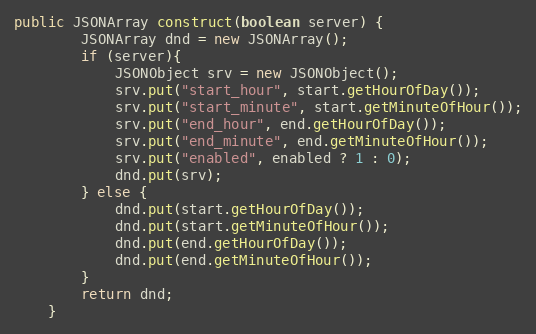
Language: Java
public JSONArray construct(boolean server) {
        JSONArray dnd = new JSONArray();
        if (server){
            JSONObject srv = new JSONObject();
            srv.put("start_hour", start.getHourOfDay());
            srv.put("start_minute", start.getMinuteOfHour());
            srv.put("end_hour", end.getHourOfDay());
            srv.put("end_minute", end.getMinuteOfHour());
            srv.put("enabled", enabled ? 1 : 0);
            dnd.put(srv);
        } else {
            dnd.put(start.getHourOfDay());
            dnd.put(start.getMinuteOfHour());
            dnd.put(end.getHourOfDay());
            dnd.put(end.getMinuteOfHour());
        }
        return dnd;
    }